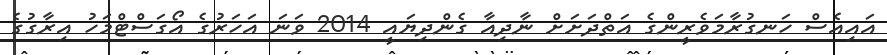
އައިއެސް ހަނގުރާމަވެރީންގެ އަތްދަށަށް ނާދިއާ ގެންދިޔައީ 2014 ވަނަ އަހަރުގެ އޯގަސްޓްމަހު އިރާގުގެ